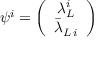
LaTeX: \psi ^ { i } = \left( \begin{array} { c } { { \lambda _ { L } ^ { i } } } \\ { { \bar { \lambda } _ { L \, i } } } \end{array} \right)